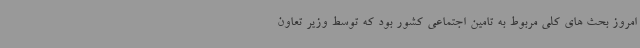
امروز بحث های کلی مربوط به تامین اجتماعی کشور بود که توسط وزیر تعاون